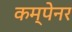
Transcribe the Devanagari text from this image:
कम्पेनर